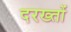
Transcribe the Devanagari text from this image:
दरख्तों